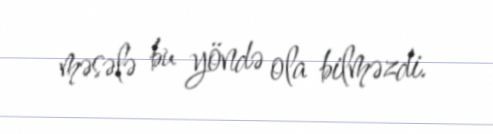
məsələ bu yöndə ola bilməzdi.